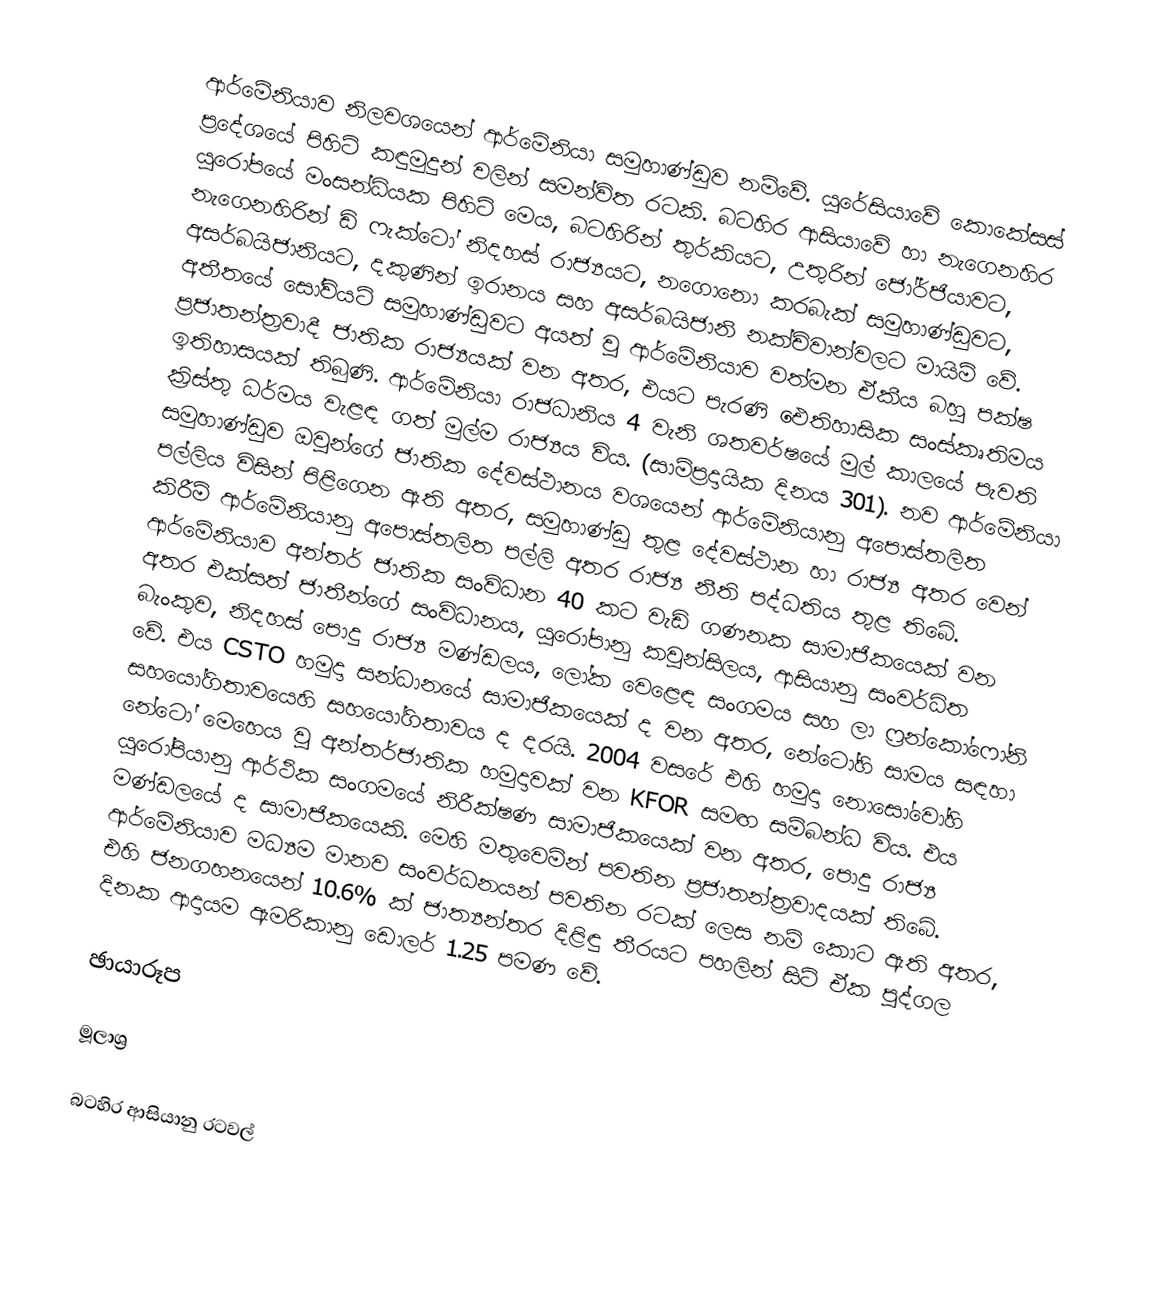
ආර්මේනියාව නිලවශයෙන් ආර්මේනියා සමුහාණ්ඩුව නම්වේ. යුරේසියාවේ කොකේසස් ප්‍රදේශයේ පිහිටි කඳුමුදුන් වලින් සමන්විත රටකි. බටහිර ආසියාවේ හා නැගෙනහිර යුරෝපයේ මංසන්ධියක පිහිටි මෙය, බටහිරින් තුර්කියට, උතුරින් ජෝර්ජියාවට, නැගෙනහිරින් ඩි ෆැක්ටෝ නිදහස් රාජ්‍යයට, නගොනො කරබැක් සමුහාණ්ඩුවට, අසර්බයිජානියට, දකුණින් ඉරානය සහ අසර්බයිජානි නක්චිවාන්වලට මායිම් වේ. අතීතයේ සෝවියට් සමුහාණ්ඩුවට අයත් වූ ආර්මේනියාව වත්මන ඒකීය බහු පක්ෂ ප්‍රජාතන්ත්‍රවාදී ජාතික රාජ්‍යයක් වන අතර, එයට පැරණි ඓතිහාසික සංස්කෘතිමය ඉතිහාසයක් තිබුණි. ආර්මේනියා රාජධානිය 4 වැනි ශතවර්ෂයේ මුල් කාලයේ පැවති ක්‍රිස්තු ධර්මය වැළඳ ගත් මුල්ම රාජ්‍යය විය. (සාම්ප්‍රදායික දිනය 301). නව ආර්මේනියා සමුහාණ්ඩුව ඔවුන්ගේ ජාතික දේවස්ථානය වශයෙන් ආර්මේනියානු අපොස්තලිත පල්ලිය විසින් පිළිගෙන ඇති අතර, සමුහාණ්ඩු තුළ දේවස්ථාන හා රාජ්‍ය අතර වෙන් කිරීම් ආර්මේනියානු අපොස්තලිත පල්ලි අතර රාජ්‍ය නීති පද්ධතිය තුළ තිබේ. ආර්මේනියාව අන්තර් ජාතික සංවිධාන 40 කට වැඩි ගණනක සාමාජිකයෙක් වන අතර එක්සත් ජාතීන්ගේ සංවිධානය, යුරෝපානු කවුන්සිලය, ආසියානු සංවර්ධිත බැංකුව, නිදහස් පොදු රාජ්‍ය මණ්ඩලය, ලෝක වෙළෙඳ ‍සංගමය සහ ලා ෆ්‍රන්කෝෆෝනි වේ. එය CSTO හමුදා සන්ධානයේ සාමාජිකයෙක් ද වන අතර, නේටෝහි සාමය සඳහා සහයෝගිතාවයෙහි සහයෝගිතාවය ද දරයි. 2004 වසරේ එහි හමුදා නොසෝවෝහි නේටෝ මෙහෙය වූ අන්තර්ජාතික හමුදාවක් වන KFOR සමඟ සම්බන්ධ විය. එය යුරෝපියානු ආර්ථික සංගමයේ නිරීක්ෂණ සාමාජිකයෙක් වන අතර, පොදු රාජ්‍ය මණ්ඩලයේ ද සාමාජිකයෙකි. මෙහි මතුවෙමින් පවතින ප්‍රජාතන්ත්‍රවාදයක් තිබේ. ආර්මේනියාව මධ්‍යම මානව සංවර්ධනයන් පවතින රටක් ලෙස නම් කොට ඇති අතර, එහි ජනගහනයෙන් 10.6% ක් ජාත්‍යන්තර දිළිඳු තීරයට පහලින් සිටි ඒක පුද්ගල දිනක ආදායම ඇමරිකානු ඩොලර් 1.25 පමණ වේ.

ඡායාරූප

මූලාශ්‍ර

බටහිර ආසියානු රටවල්